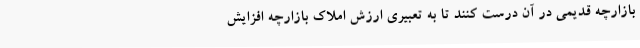
بازارچه قدیمی در آن درست کنند تا به تعبیری ارزش املاک بازارچه افزایش